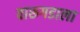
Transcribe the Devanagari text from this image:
वारूगडाला